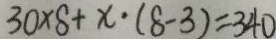
3 0 \times 8 + x \cdot ( 8 - 3 ) = 3 4 0